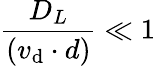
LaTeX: \frac{D_{L}}{(v_{\mathrm{d}}\cdot d)}\ll 1